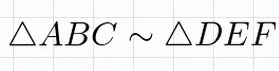
\triangle ABC\sim\triangle DEF